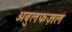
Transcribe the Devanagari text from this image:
अबुलफज़ल